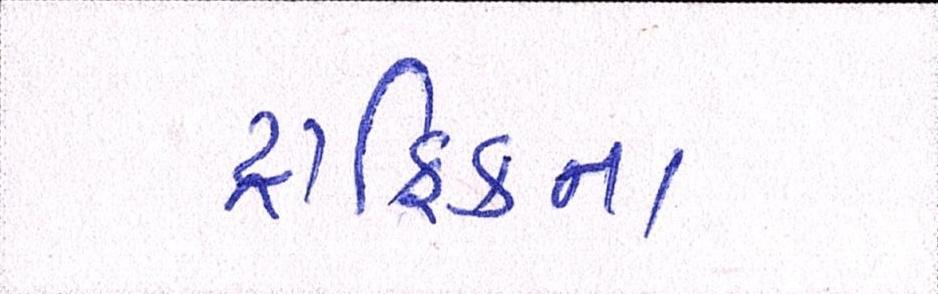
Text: ટ્રાફિકના